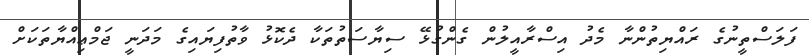
ފަލަސްތީނުގެ ރައްޔިތުންނާ މެދު އިސްރާއީލުން ގެންގުޅޭ ސިޔާސަތުތަކާ ދެކޮޅު ވާތުފިޔައިގެ މަދަނީ ޖަމްޢިއްޔާތަކަށް